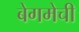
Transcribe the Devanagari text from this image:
बेगमेची